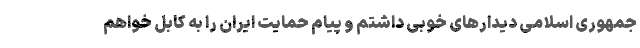
جمهوری اسلامی دیدارهای خوبی داشتم و پیام حمایت ایران را به کابل خواهم